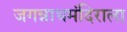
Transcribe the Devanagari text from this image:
जगन्नाथमंदिराला